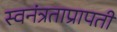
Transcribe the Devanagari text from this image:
स्वनंत्रताप्रापती